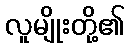
လူမျိုးတို့၏